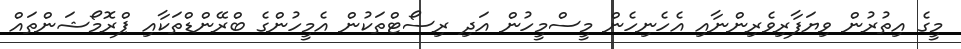
މީގެ އިތުރުން ވިޔަފާރިވެރިންނާއި އެހެނިހެން މީސްމީހުން އަދި ރިސޯޓްތަކުން އެމީހުންގެ ބްރޭންޑްތަކާއި ޕްރޮމޯޝަންތައް